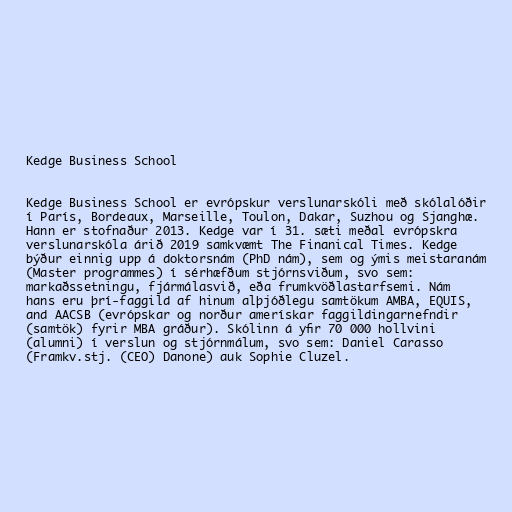
Kedge Business School

Kedge Business School er evrópskur verslunarskóli með skólalóðir
í París, Bordeaux, Marseille, Toulon, Dakar, Suzhou og Sjanghæ.
Hann er stofnaður 2013. Kedge var í 31. sæti meðal evrópskra
verslunarskóla árið 2019 samkvæmt The Finanical Times. Kedge
býður einnig upp á doktorsnám (PhD nám), sem og ýmis meistaranám
(Master programmes) í sérhæfðum stjórnsviðum, svo sem:
markaðssetningu, fjármálasvið, eða frumkvöðlastarfsemi. Nám
hans eru þrí-faggild af hinum alþjóðlegu samtökum AMBA, EQUIS,
and AACSB (evrópskar og norður amerískar faggildingarnefndir
(samtök) fyrir MBA gráður). Skólinn á yfir 70 000 hollvini
(alumni) í verslun og stjórnmálum, svo sem: Daniel Carasso
(Framkv.stj. (CEO) Danone) auk Sophie Cluzel.